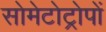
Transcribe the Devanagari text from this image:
सोमेटोट्रोपों